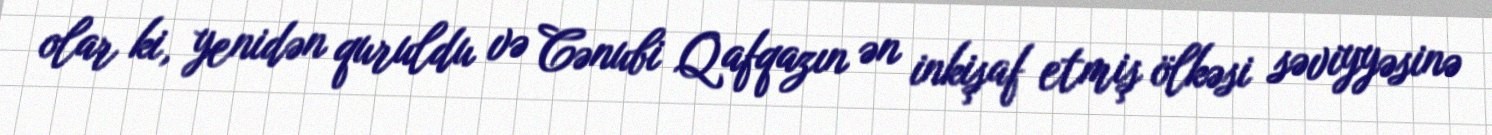
olar ki, yenidən quruldu və Cənubi Qafqazın ən inkişaf etmiş ölkəsi səviyyəsinə